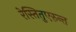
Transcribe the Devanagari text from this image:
रेस्तितुएरुन्त